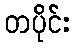
တပိုင်း